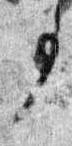
事